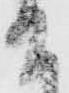
て